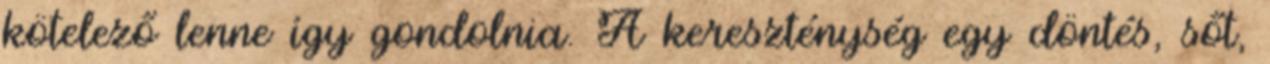
kötelező lenne így gondolnia. A kereszténység egy döntés, sőt,